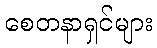
စေတနာရှင်များ